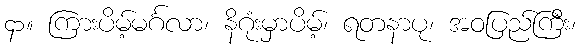
၄၁။ ကြားပိမ့်မင်္ဂလာ၊ နိဂုံးမှာပိမ့်၊ ရတနာပု၊ အဝပြည်ကြီး၊